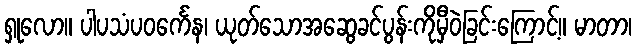
ရှုလော။ ပါပသံပဝင်္ကေန၊ ယုတ်သောအဆွေခင်ပွန်းကိုမှီဝဲခြင်းကြောင့်။ မာတာ၊